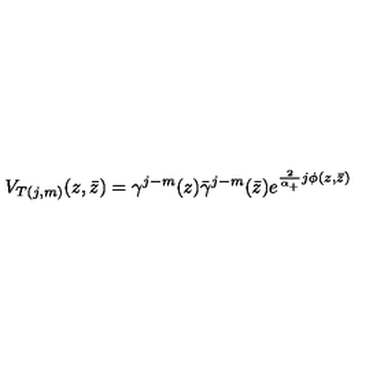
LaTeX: V _ { T ( j , m ) } ( z , \bar { z } ) = \gamma ^ { j - m } ( z ) \bar { \gamma } ^ { j - m } ( \bar { z } ) e ^ { \frac 2 { \alpha _ { + } } j \phi ( z , \bar { z } ) }